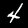
Label: 4